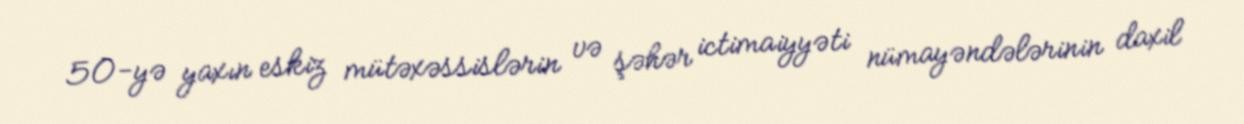
50-yə yaxın eskiz mütəxəssislərin və şəhər ictimaiyyəti nümayəndələrinin daxil